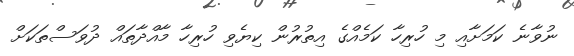
ނުވާނެ ކަމަށާއި މި ހުރިހާ ކަމެއްގެ އިތުރުން ކިޔެވި ހުރިހާ މާއްދާތައް ދުވަސްތަކަށް